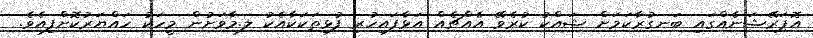
އޮޕަރޭޝަނެއްގައި ބަނގުރާކަމަށް ޝައްކު ކުރެވޭ އެއްޗެއް އަޅާފައިހުރި ފުޅިތަކަކާއެކު ލ.މާވަށުން މީހަކު ހައްޔަރުކޮށްފިއެވެ.